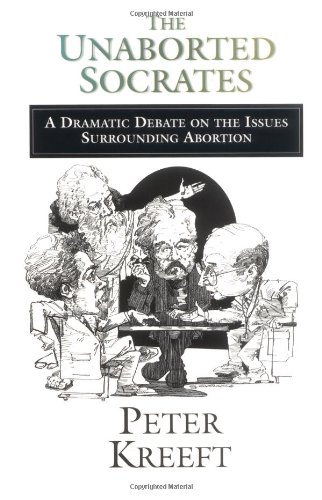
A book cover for The Unaborted Socrates: A Dramatic Debate on the Issues Surrounding Abortion; Peter Kreeft; Religion & Spirituality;